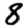
Digit: 8